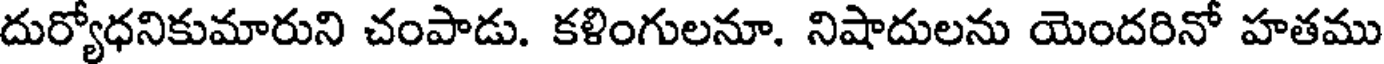
దుర్యోధనికుమారుని చంపాడు. కళింగులనూ. నిషాదులను యెందరినో హతము